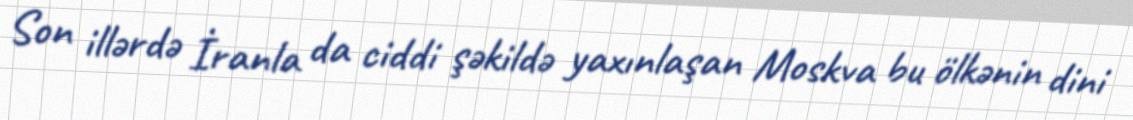
Son illərdə İranla da ciddi şəkildə yaxınlaşan Moskva bu ölkənin dini